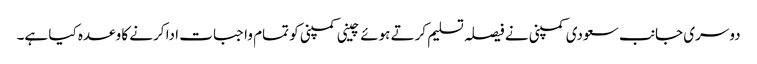
دوسری جانب سعودی کمپنی نے فیصلہ تسلیم کرتے ہوئے چینی کمپنی کو تمام واجبات ادا کرنے کا وعدہ کیا ہے۔